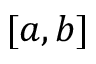
[ a , b ]